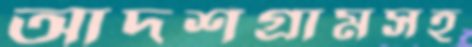
আদর্শগ্রামসহ